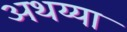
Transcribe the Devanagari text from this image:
अथय्या